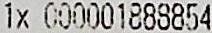
1X 000001888854